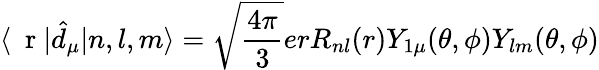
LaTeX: \langle\mathrm{~\mathbf~r~}|\hat{d}_{\mu}|n,l,m\rangle=\sqrt{\frac{4\pi}{3}}erR_{nl}(r)Y_{1\mu}(\theta,\phi)Y_{lm}(\theta,\phi)